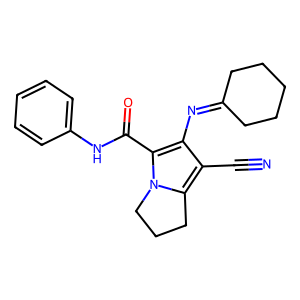
SMILES: N#Cc1c(N=C2CCCCC2)c(C(=O)Nc2ccccc2)n2c1CCC2
Inhibits HIV replication: No